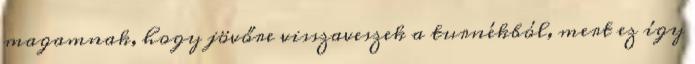
magamnak, hogy jövőre visszaveszek a turnékból, mert ez így